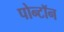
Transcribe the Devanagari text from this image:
पोन्टॉन